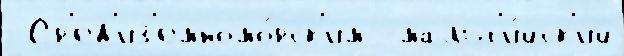
 Ср'ед'из'емномо́рск'им  мальт'и́йск'ий